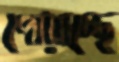
পোয়াচ্ছে